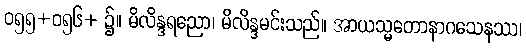
ဝ၅၅+ဝ၅၆+ ၌။ မိလိန္ဒရညော၊ မိလိန္ဒမင်းသည်။ အာယသ္မတောနာဂသေနဿ၊